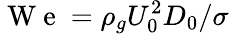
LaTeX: \mathrm{~W~e~}=\rho_{g}U_{0}^{2}D_{0}/\sigma